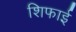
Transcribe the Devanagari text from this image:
शिफाई